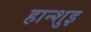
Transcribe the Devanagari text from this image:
हान्शुइ